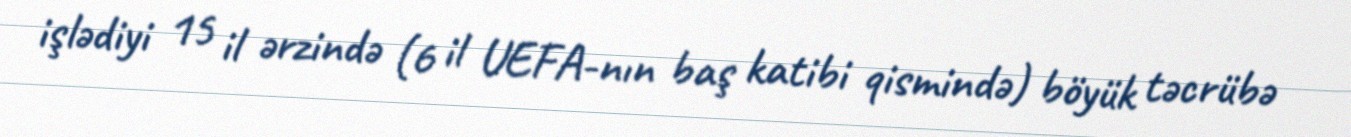
işlədiyi 15 il ərzində (6 il UEFA-nın baş katibi qismində) böyük təcrübə